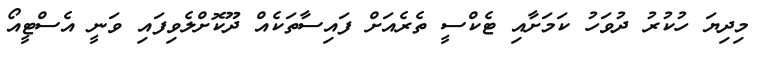
މިދިޔަ ހުކުރު ދުވަހު ކަމަށާއި ޓެކްސީ ތެރެއަށް ފައިސާތަކެއް ދޫކޮށްލެވިފައި ވަނީ އެސްޓީއޯ